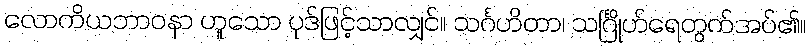
လောကိယဘာဝနာ ဟူသော ပုဒ်ဖြင့်သာလျှင်။ သင်္ဂဟိတာ၊ သင်္ဂြိုဟ်ရေတွက်အပ်၏။